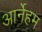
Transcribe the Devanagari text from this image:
आर्नेहम